Annual administration report of the Civil Veterinary Department of India - 1897-1898
Year: 1897
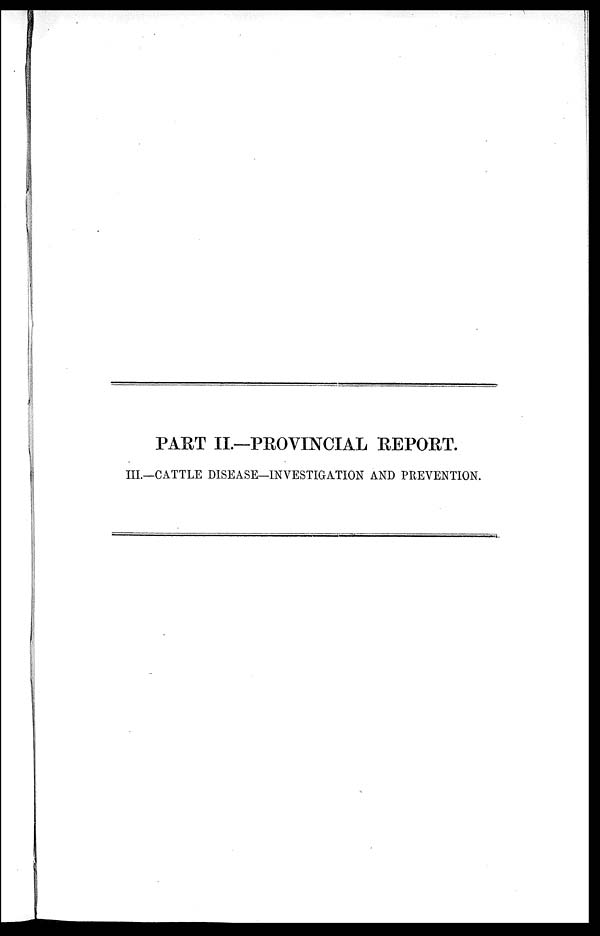
PART II.—PROVINCIAL REPORT.
III—CATTLE DISEASE—INVESTIGATION AND PREVENTION.